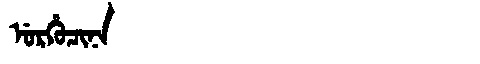
Manchu: ᡠᡵᡥᡠᠴᡳᠨᠠ
Romanization: URHUCINA